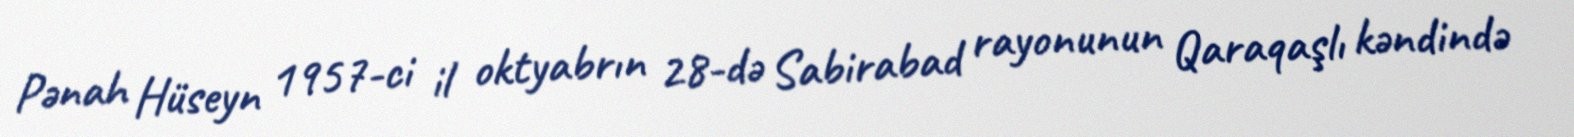
Pənah Hüseyn 1957-ci il oktyabrın 28-də Sabirabad rayonunun Qaraqaşlı kəndində